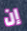
إن